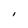
Character: I